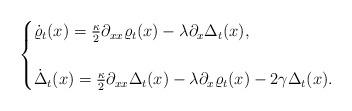
LaTeX: \begin{align*}\begin{cases}\dot{\varrho}_t(x) = \frac{\kappa}{2} \partial_{xx} \varrho_t(x) - \lambda \partial_x \Delta_t(x),\\\\\dot{\Delta}_t(x) = \frac{\kappa}{2} \partial_{xx} \Delta_t(x) - \lambda \partial_x\varrho_t(x) -2\gamma \Delta_t(x).\end{cases}\end{align*}